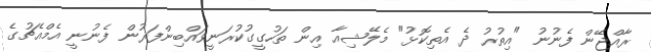
ރާއްޖޭން ފެނުނު "އިތުރު ދެ އެތިކޮޅު" މެލޭޝިއާ އިން ތަހުގީގުކުރަނީވައްބިންފަރުން ފެނުނީ އެމްއެޗުގެ